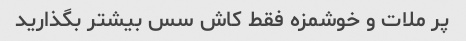
پر ملات و خوشمزه فقط کاش سس بیشتر بگذارید